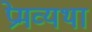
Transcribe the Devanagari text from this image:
प्रेमव्यथा